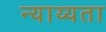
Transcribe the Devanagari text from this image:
न्याय्यता